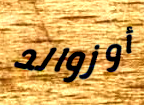
أوزوالد